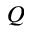
Q